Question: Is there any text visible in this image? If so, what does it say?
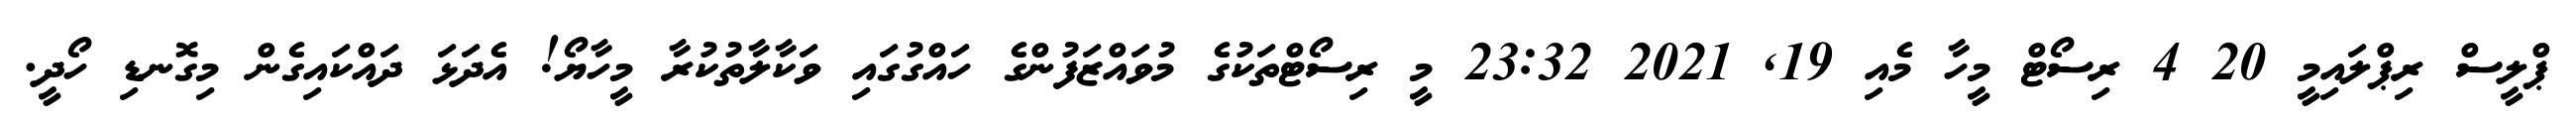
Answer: ޕްލީސް ރިޕްލައިމީ 20 4 ރިސޯޓް މީހާ މެއި 19, 2021 23:32 މީ ރިސޯޓްތަކުގެ މުވައްޒަފުންގެ ހައްގުގައި ވަކާލާތުކުރާ މީހާޔޯ! އެދަޅަ ދައްކައިގެން މިގޮނޑި ހޯދީ.